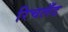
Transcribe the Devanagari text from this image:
रिचलँड